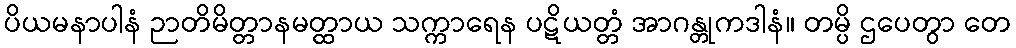
ပိယမနာပါနံ ဉာတိမိတ္တာနမတ္ထာယ သက္ကာရေန ပဋိယတ္တံ အာဂန္တုကဒါနံ။ တမ္ပိ ဌပေတွာ တေ